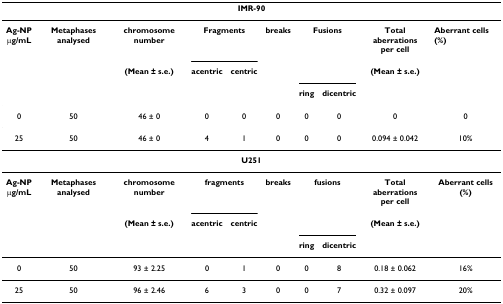
<table><thead><tr><td colspan="10"><b>IMR-90</b></td></tr></thead><tbody><tr><td><b>Ag-NP</b><b>μg/mL</b></td><td><b>Metaphases analysed</b></td><td><b>chromosome number</b></td><td colspan="2"><b>Fragments</b></td><td><b>breaks</b></td><td colspan="2"><b>Fusions</b></td><td><b>Total aberrations</b><b>per cell</b></td><td><b>Aberrant cells (%)</b></td></tr><tr><td></td><td></td><td><b>(Mean ± s.e.)</b></td><td><b>acentric</b></td><td><b>centric</b></td><td></td><td></td><td></td><td><b>(Mean ± s.e.)</b></td><td></td></tr><tr><td></td><td></td><td></td><td></td><td></td><td></td><td><b>ring</b></td><td><b>dicentric</b></td><td></td><td></td></tr><tr><td>0</td><td>50</td><td>46 ± 0</td><td>0</td><td>0</td><td>0</td><td>0</td><td>0</td><td>0</td><td>0</td></tr><tr><td>25</td><td>50</td><td>46 ± 0</td><td>4</td><td>1</td><td>0</td><td>0</td><td>0</td><td>0.094 ± 0.042</td><td>10%</td></tr><tr><td colspan="10"><b>U251</b></td></tr><tr><td><b>Ag-NP</b><b>μg/mL</b></td><td><b>Metaphases analysed</b></td><td><b>chromosome number</b></td><td colspan="2"><b>fragments</b></td><td><b>breaks</b></td><td colspan="2"><b>fusions</b></td><td><b>Total aberrations</b><b>per cell</b></td><td><b>Aberrant cells (%)</b></td></tr><tr><td></td><td></td><td><b>(Mean ± s.e.)</b></td><td><b>acentric</b></td><td><b>centric</b></td><td></td><td></td><td></td><td><b>(Mean ± s.e.)</b></td><td></td></tr><tr><td></td><td></td><td></td><td></td><td></td><td></td><td><b>ring</b></td><td><b>dicentric</b></td><td></td><td></td></tr><tr><td>0</td><td>50</td><td>93 ± 2.25</td><td>0</td><td>1</td><td>0</td><td>0</td><td>8</td><td>0.18 ± 0.062</td><td>16%</td></tr><tr><td>25</td><td>50</td><td>96 ± 2.46</td><td>6</td><td>3</td><td>0</td><td>0</td><td>7</td><td>0.32 ± 0.097</td><td>20%</td></tr></tbody></table>